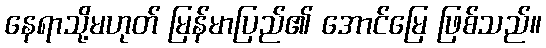
နေရာသို့မဟုတ် မြန်မာပြည်၏ အောင်မြေ ဖြစ်သည်။